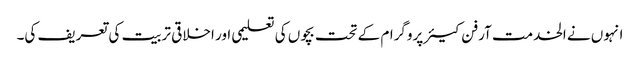
انہوں نے الخدمت آرفن کیئر پروگرام کے تحت بچوں کی تعلیمی اور اخلاقی تربیت کی تعریف کی۔